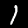
Digit: 1